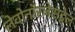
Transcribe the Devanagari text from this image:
लेवोनॉरजेसट्रेल